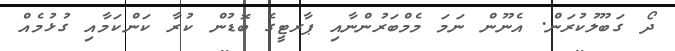
ދޯ ގަބޫލުކުރަން. އެނޫން ނަމަ މެމްބަރުންނާއި ޕާރޓީގެ ބޮޑުން ކުރާ ކަންކަމާއި ގުޅުމެއް